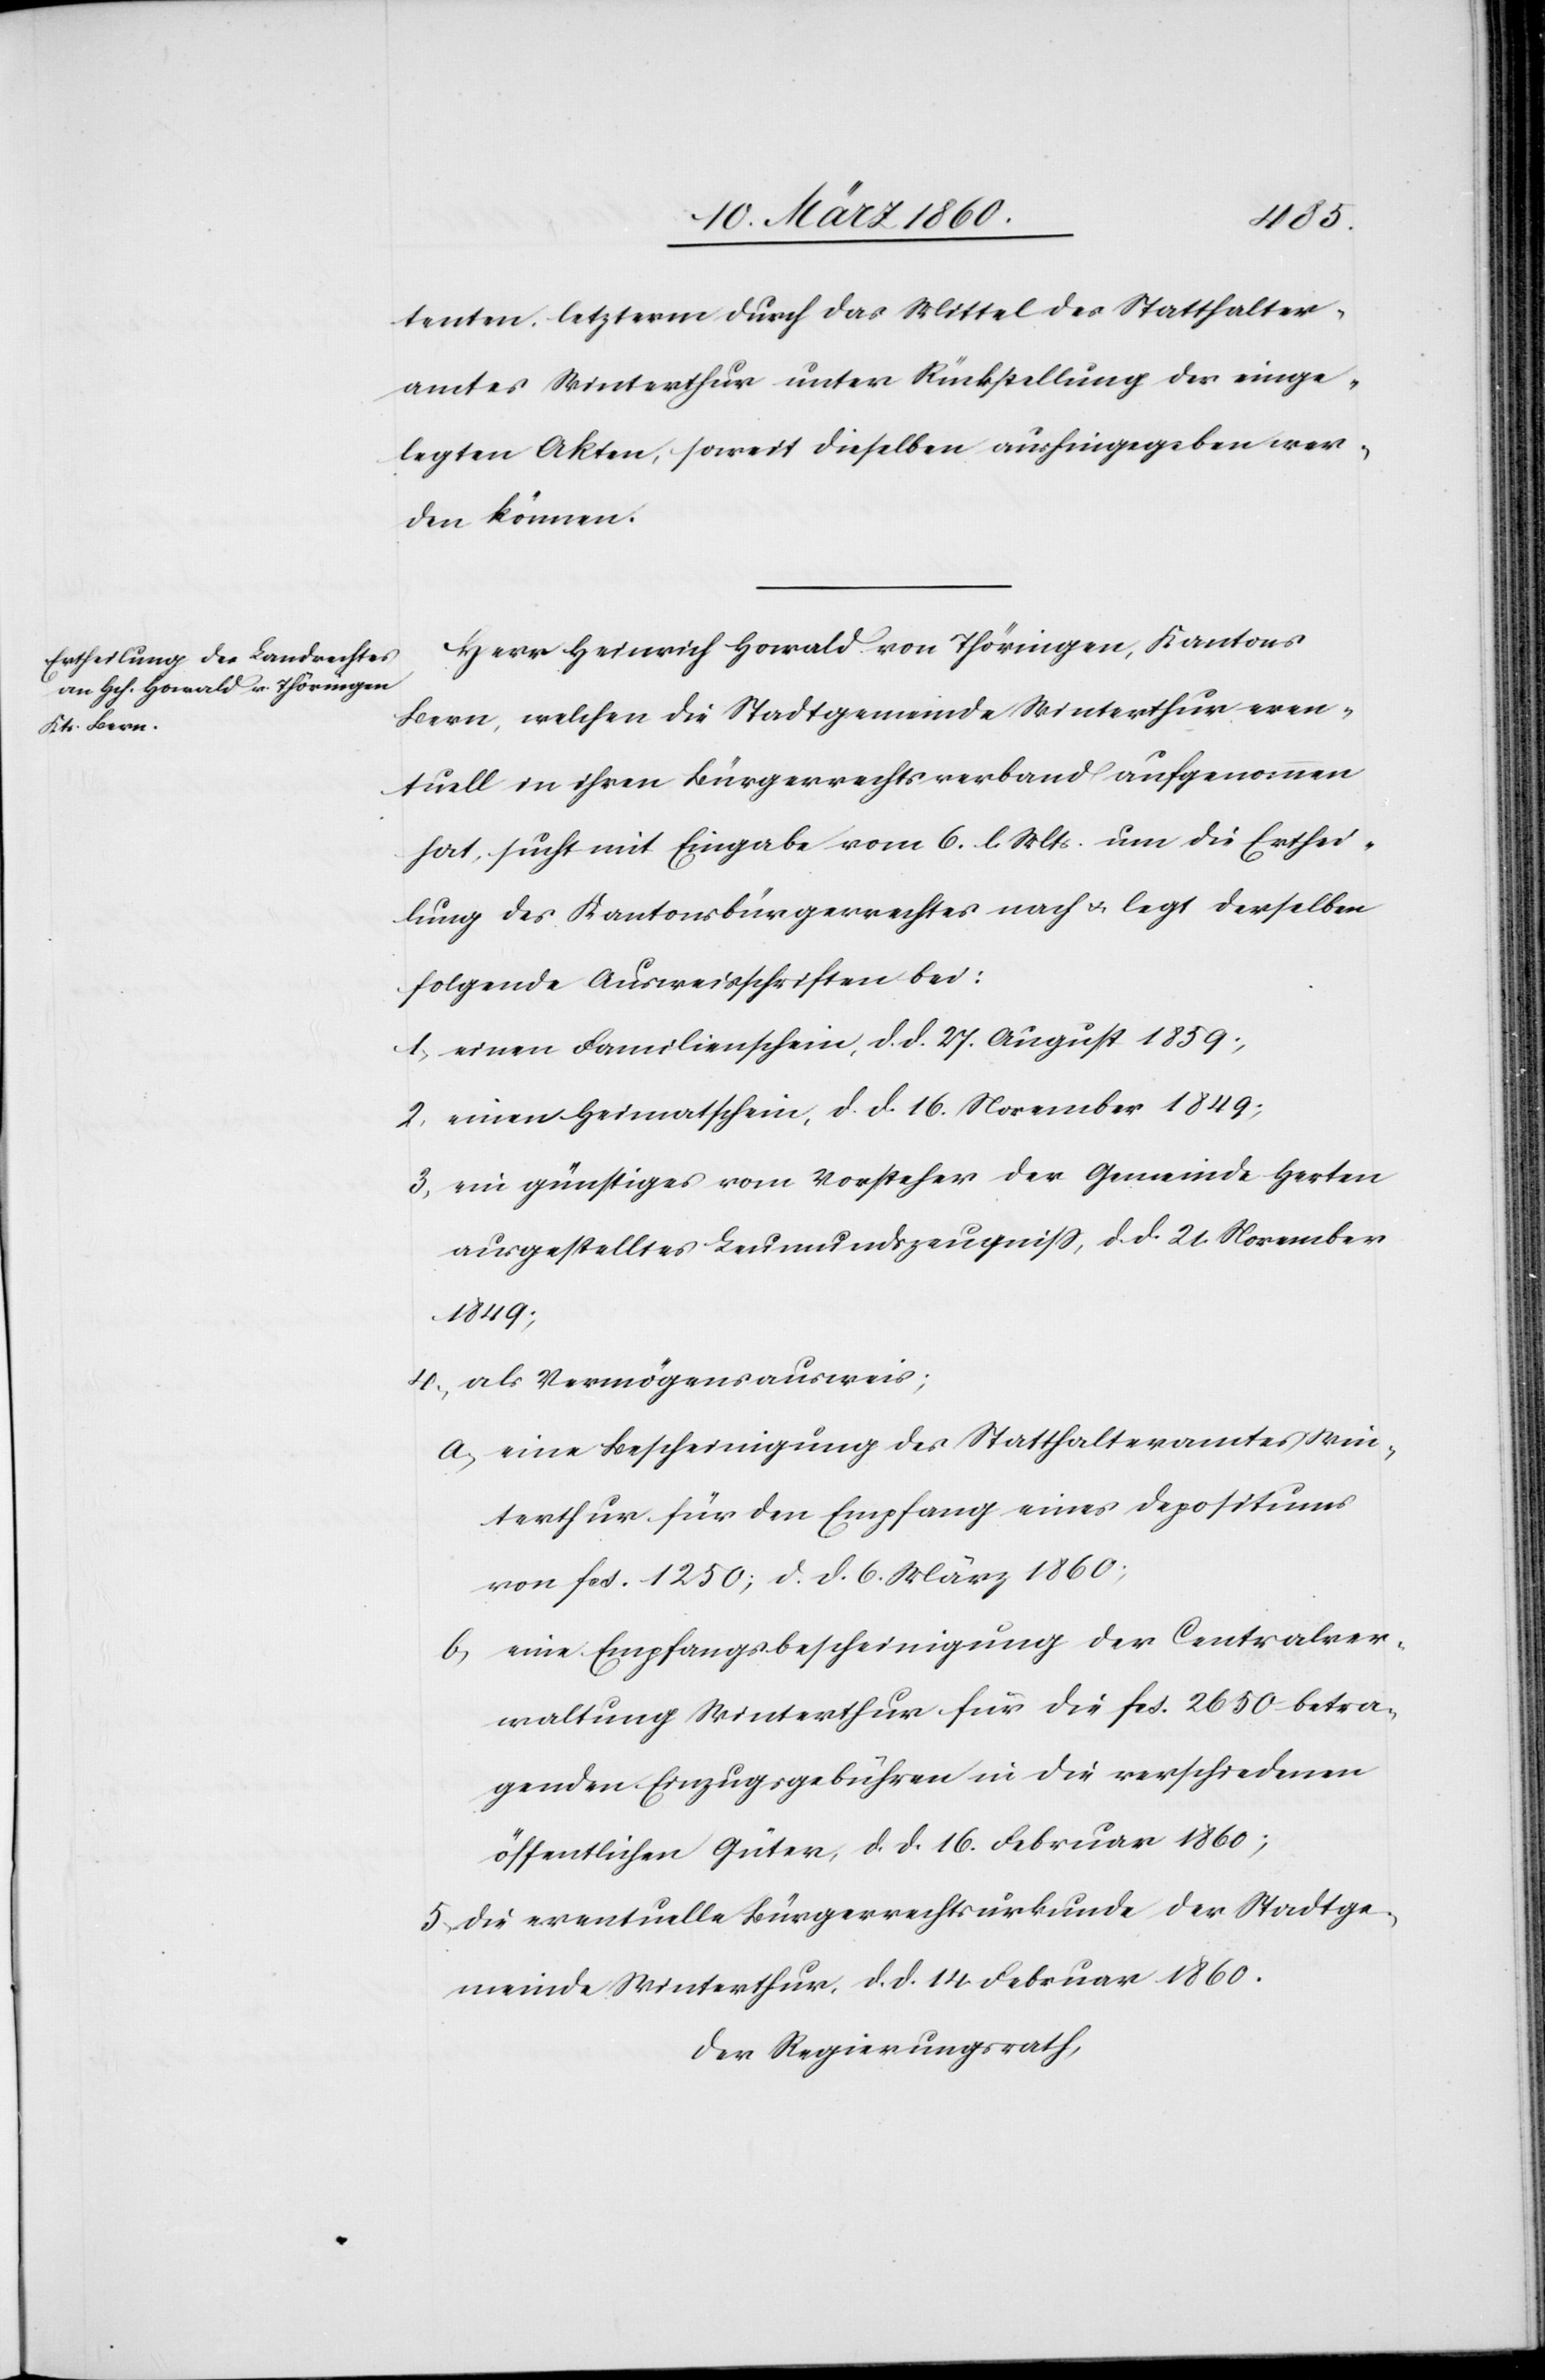
tenten, letzterm durch das Mittel des Statthalter¬
amtes Winterthur unter Rückstellung der einge¬
legten Akten, soweit dieselben aushingegeben wer¬
den können.
Herr Heinrich Howald von Thöringen, Kantons
Bern, welchen die Stadtgemeinde Winterthur even¬
tuell in ihren Bürgerrechtsverband aufgenommen
hat, sucht mit Eingabe vom 6. l. Mts. um die Erthei¬
lung des Kantonsbürgerrechtes nach u. legt derselben
folgende Ausweisschriften bei:
1. einen Familienschein, d. d. 27. August 1859;
2. einen Heimatschein, d. d. 16. November 1849;
3. ein günstiges vom Vorsteher der Gemeinde Herten
ausgestelltes Leumundszeugniss, d. d. 21. November
1849;
4. als Vermögensausweis;
a. eine Bescheinigung des Statthalteramtes Win¬
terthur für den Empfang eines Depositums
von fcs. 1250, d. d. 6. März 1860;
b. eine Empfangsbescheinigung der Centralver¬
waltung Winterthur für die fcs. 2650 betra¬
genden Einzugsgebühren in die verschiedenen
öffentlichen Güter, d. d. 16. Februar 1860;
5. die eventuelle Bürgerrechtsurkunde der Stadtge¬
meinde Winterthur, d. d. 14. Februar 1860.
Der Regierungsrath,